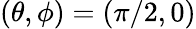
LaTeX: (\theta,\phi)=(\pi/2,0)